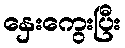
နှေးကွေးပြီး